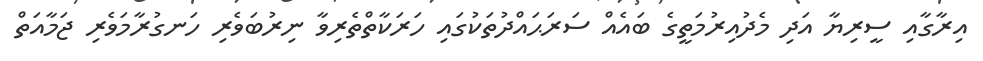
އިރާގާއި ސީރިޔާ އަދި މެދުއިރުމަތީގެ ބައެއް ސަރަޙައްދުތަކުގައި ހަރަކާތްތެރިވާ ނިރުބަވެރި ހަނގުރާމަވެރި ޖަމާއަތް